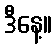
ဒီနေ့။